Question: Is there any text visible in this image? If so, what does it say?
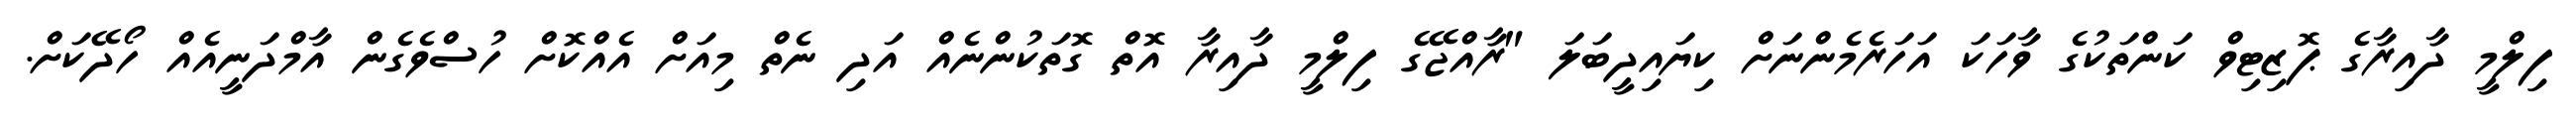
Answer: ފިލްމީ ދާއިރާގެ ޕޮޒިޓިވް ކަންތަކުގެ ވާހަކަ އަހަރެމެންނަށް ކިޔައިދީބަލަ "ރާއްޖޭގެ ފިލްމީ ދާއިރާ އޮތް ގޮތަކުންނެއް އަދި ނެތް މިއަށް އެއްކޮށް ހުސްވެގެން އާމްދަނީއެއް ހޯދޭކަށް.